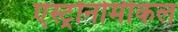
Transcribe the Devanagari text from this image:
एस्ट्रोनोमीकल